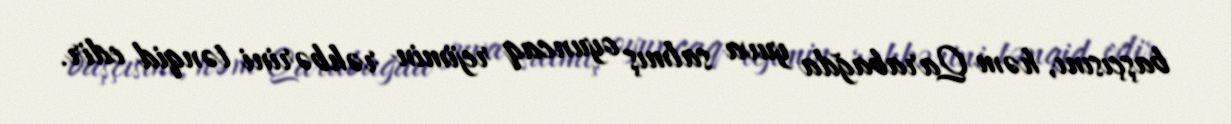
başçısını, həm Qarabağda yuva salmış oyuncaq rejimin rəhbərini tənqid edir.